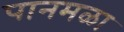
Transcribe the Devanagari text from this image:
पानमळा